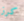
كرز